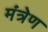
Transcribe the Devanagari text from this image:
मंत्रेण